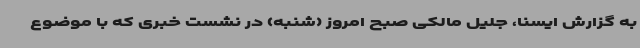
به گزارش ایسنا، جلیل مالکی صبح امروز (شنبه) در نشست خبری که با موضوع